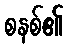
စနစ်၏